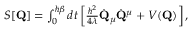
\begin{array} { r } { S [ \mathbf { Q } ] = \int _ { 0 } ^ { \hbar \beta } d t \left[ \frac { \hbar ^ { 2 } } { 4 \lambda } \dot { \mathbf { Q } } _ { \mu } \dot { \mathbf { Q } } ^ { \mu } + V ( \mathbf { Q } ) \right] , } \end{array}